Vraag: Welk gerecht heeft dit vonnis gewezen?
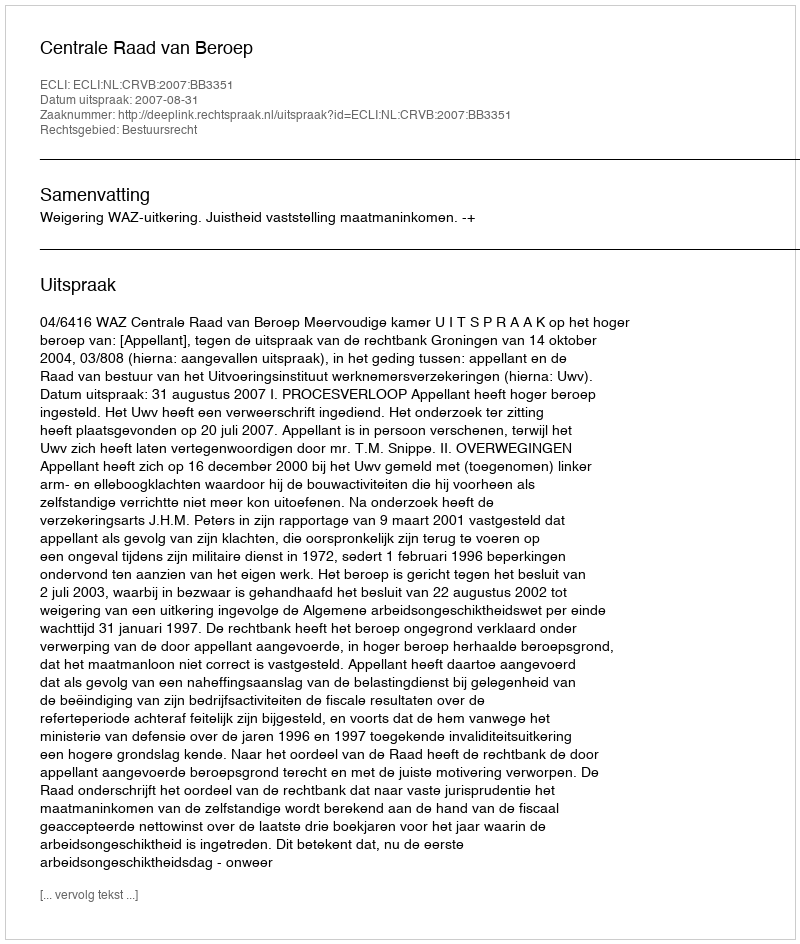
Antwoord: Centrale Raad van Beroep